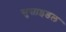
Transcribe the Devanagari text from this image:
सुसाइडल